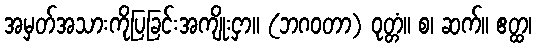
အမှတ်အသားကိုပြခြင်းအကျိုးငှာ။ (ဘဂဝတာ) ဝုတ္တံ။ စ၊ ဆက်။ ဧတ္ထ၊